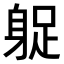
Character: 𨉌